Report of the Lahore Medical School Hospital
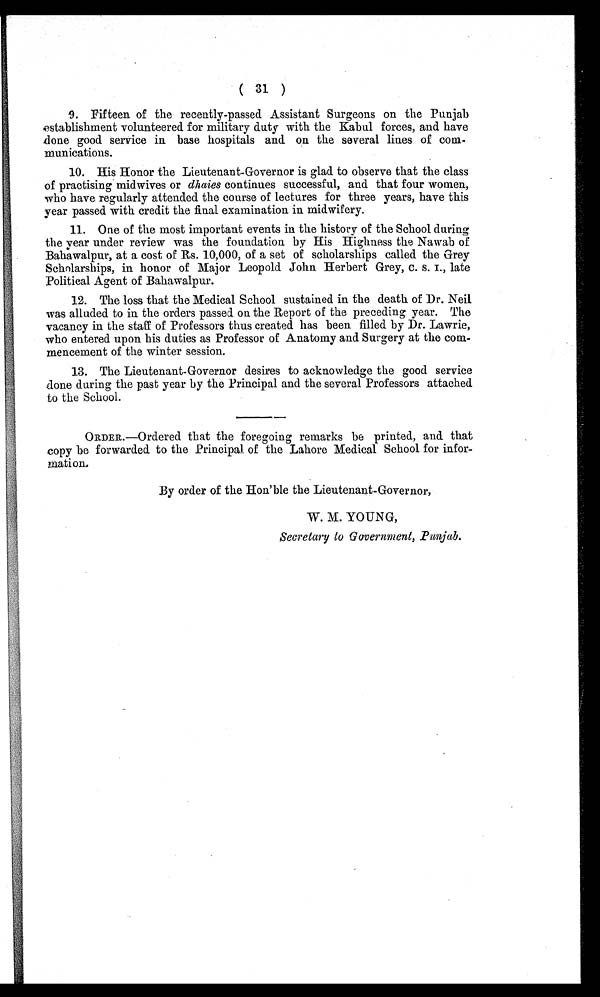
(31)
9. Fifteen of the recently-passed Assistant Surgeons on the Punjab
establishment volunteered for military duty with the Kabul forces, and have
done good service in base hospitals and on the several lines of com-
munications.
10. His Honor the Lieutenant-Governor is glad to observe that the class
of practising midwives or dhaies continues successful, and that four women,
who have regularly attended the course of lectures for three years, have this
year passed with credit the final examination in midwifery.
11. One of the most important events in the history of the School during
the year under review was the foundation by His Highness the Nawab of
Bahawalpur, at a cost of Rs. 10,000, of a set of scholarships called the Grey
Scholarships, in honor of Major Leopold John Herbert Grey, C. S. I., late
Political Agent of Bahawalpur.
12. The loss that the Medical School sustained in the death of Dr. Neil
was alluded to in the orders passed on the Report of the preceding year. The
vacancy in the staff of Professors thus created has been filled by Dr. Lawrie,
who entered upon his duties as Professor of Anatomy and Surgery at the com-
mencement of the winter session.
13. The Lieutenant-Governor desires to acknowledge the good service
done during the past year by the Principal and the several Professors attached
to the School.
ORDER.—Ordered that the foregoing remarks be printed, and that
copy be forwarded to the Principal of the Lahore Medical School for infor-
mation.
By order of the Hon'ble the Lieutenant-Governor,
W. M. YOUNG,
Secretary to Government, Punjab .